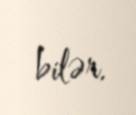
bilər.